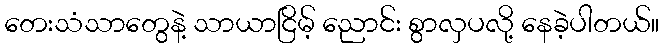
တေးသံသာတွေနဲ့ သာယာငြိမ့် ညောင်း စွာလှပလို့ နေခဲ့ပါတယ်။